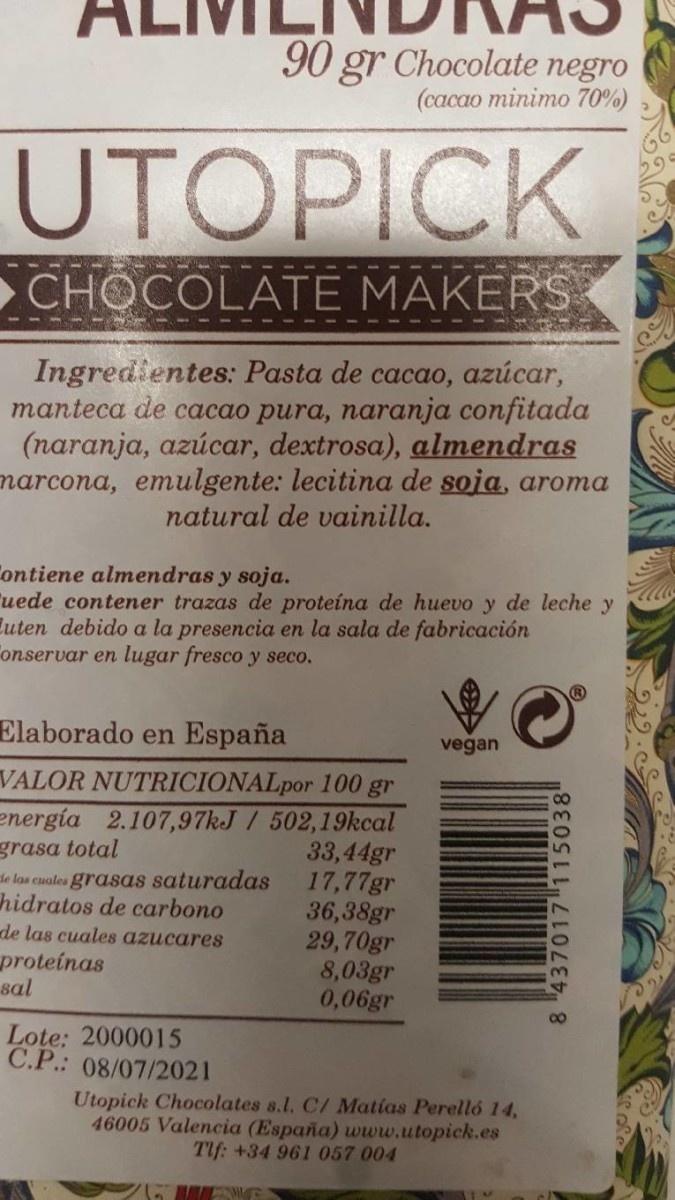
90 gr Chocolate negro
(сасао тinimо 70%)
UTOPICK
CHOCOLATE MAKERS
Ingredientes: Pasta de cacao, azúcar, manteca de cacao pura, naranja confitada (naranja, azúcar, dextrosa), almendras narcona, emulgente: lecitina de soja, aroma natural de vainilla.
Contiene almendras y soja. uede contener trazas de proteina de huevo y de leche y Euten debido a la presencia en la sala de fabricación onservar en lugar fresco y seco.
Elaborado en España
vegan
VALOR NUTRICIONALpor 100 gr energía 2.107,97kJ / 502,19kcal 33,44gr 17,77gr 36,38gr 29,70gr 8,03gr 0,06gr
grasa total de las cuales grasas saturadas hidratos de carbono
de las cuales azucares
proteinas sal
Lote: 2000015 C.P.: 08/07/2021
Utopick Chocolates s.l. C/ Matias Perelló 14, 46005 Valencia (España) www.utopick.es TIf: +34 961 057 004
8 437017 115038'